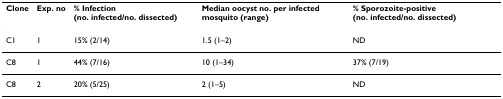
| Clone | Exp. no | % Infection (no. infected/no. dissected) | Median oocyst no. per infected mosquito (range) | % Sporozoite-positive (no. infected/no. dissected) |
 | --- | --- | --- | --- | --- |
 | C1 | 1 | 15% (2/14) | 1.5 (1–2) | ND |
 | C8 | 1 | 44% (7/16) | 10 (1–34) | 37% (7/19) |
 | C8 | 2 | 20% (5/25) | 2 (1–5) | ND |